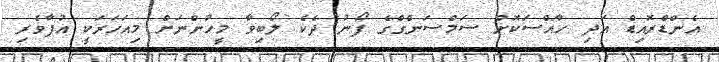
އެންޑްރޮއިޑް އަދި ހާއްސަކޮށް ސަމްސަންގްގެ ފޯނު ދެކެ ލޯބިވާ މީހުންނަށް މިއަހަރަކީ އުފާވެރި